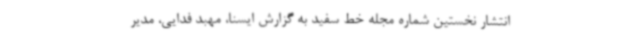
انتشار نخستین شماره مجله خط سفید به گزارش ایسنا، مهبد فدایی، مدیر